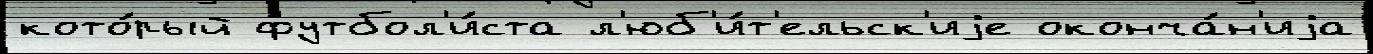
кото́рый футбол'и́ста л'юб'и́т'ельск'иjе оконча́н'иjа